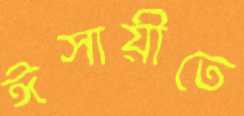
ঈসায়ীতে